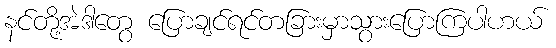
နင်တို့အဲဒါတွေ ပြောချင်ရင်တခြားမှာသွားပြောကြပါဟယ်